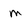
Character: m